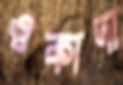
ওকাদা